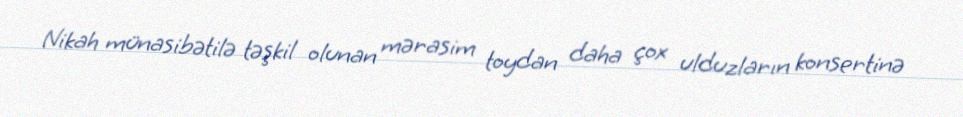
Nikah münasibətilə təşkil olunan mərasim toydan daha çox ulduzların konsertinə